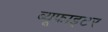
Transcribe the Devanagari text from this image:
ब्यूफाइटर